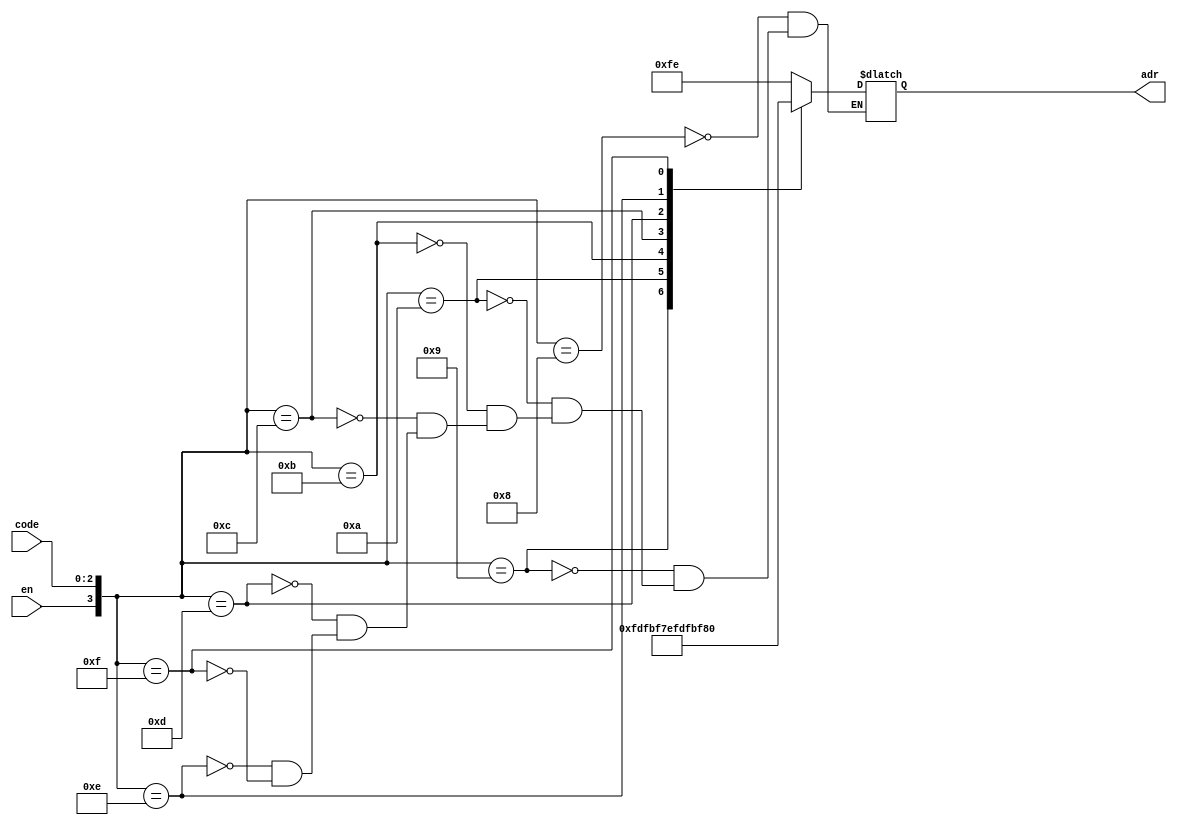
module Der(en,code,adr);
input en;
input[2:0]code;
output[7:0]adr;
reg[7:0]adr;
always@(en,code)
	begin
		case({en,code})
		4'b1000:adr = 8'b11111110;
		4'b1001:adr = 8'b11111101;
		4'b1010:adr = 8'b11111011;
		4'b1011:adr = 8'b11110111;
		4'b1100:adr = 8'b11101111;
		4'b1101:adr = 8'b11011111;
		4'b1110:adr = 8'b10111111;
		4'b1111:adr = 8'b01111111;
		endcase
	end
endmodule